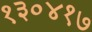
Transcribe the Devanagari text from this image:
१३०४१७